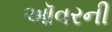
ઑવરની